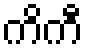
ကိကီ